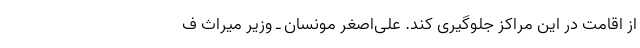
از اقامت در این مراکز جلوگیری کند. علی‌اصغر مونسان ـ وزیر میراث ف